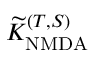
\widetilde { K } _ { \mathrm { N M D A } } ^ { ( T , S ) }